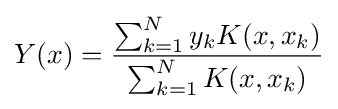
Y(x)={\frac {\sum _{k=1}^{N}y_{k}K(x,x_{k})}{\sum _{k=1}^{N}K(x,x_{k})}}